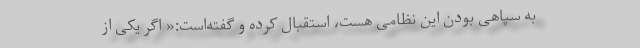
به سپاهی بودن این نظامی هست، استقبال کرده و گفته‌است:« اگر یکی از